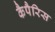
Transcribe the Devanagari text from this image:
कैपैरिस